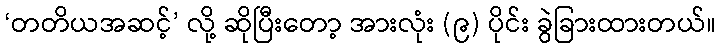
‘တတိယအဆင့်’ လို့ ဆိုပြီးတော့ အားလုံး (၉) ပိုင်း ခွဲခြားထားတယ်။